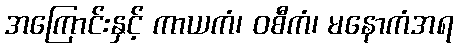
အကြောင်းနှင့် ကာယကံ၊ ဝစီကံ၊ မနောကံအရ